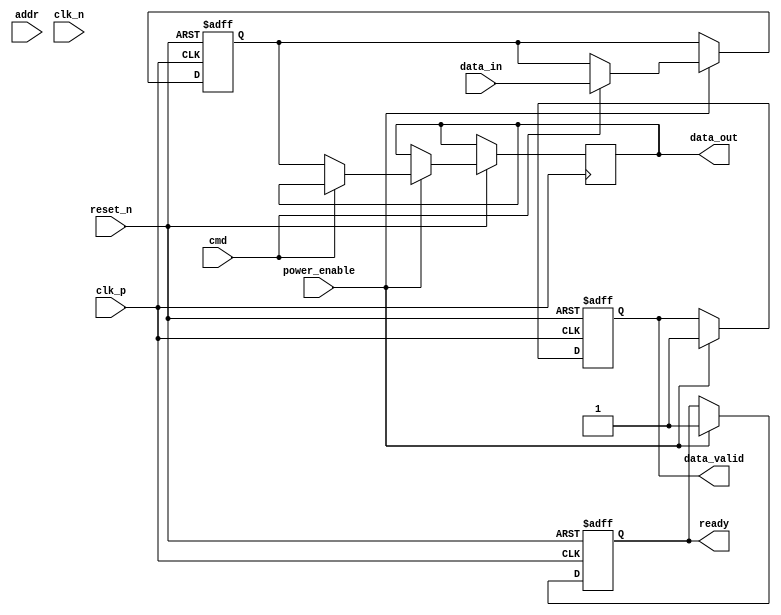
module lpddr_io_block #(
    parameter DATA_WIDTH = 16, // Configurable data bus width (x16, x32, etc.)
    parameter ADDR_WIDTH = 12  // Address width
)(
    // I/O Ports
    input wire [DATA_WIDTH-1:0] data_in,         // Data input
    output wire [DATA_WIDTH-1:0] data_out,       // Data output
    input wire [ADDR_WIDTH-1:0] addr,             // Address input
    input wire cmd,                                 // Command input (read/write)
    input wire clk_p,                              // Positive differential clock
    input wire clk_n,                              // Negative differential clock
    input wire power_enable,                        // Power enable signal
    output wire data_valid,                        // Data valid signal
    output wire ready,                             // Ready signal for memory controller
    input wire reset_n                              // Active low reset
);

    // Internal signals
    reg [DATA_WIDTH-1:0] data_reg;                // Register for data storage
    reg [ADDR_WIDTH-1:0] addr_reg;                // Register for address storage
    reg data_valid_reg;                            // Register for data valid
    reg ready_reg;                                 // Register for ready signal

    // Clock management: Synchronize data transfer
    always @(posedge clk_p or negedge reset_n) begin
        if (!reset_n) begin
            data_reg <= 0;
            addr_reg <= 0;
            data_valid_reg <= 0;
            ready_reg <= 0;
        end else if (power_enable) begin
            if (cmd) begin // Write operation
                data_reg <= data_in;
                addr_reg <= addr;
                data_valid_reg <= 1;
                ready_reg <= 1;
            end else begin // Read operation
                data_out <= data_reg; // Output the stored data
                data_valid_reg <= 1;
                ready_reg <= 1;
            end
        end
    end

    // Output assignments
    assign data_valid = data_valid_reg;
    assign ready = ready_reg;

    // Power management logic (simplified)
    always @(posedge clk_p or negedge reset_n) begin
        if (!reset_n) begin
            // Reset power management states
        end else if (!power_enable) begin
            // Enter low power state
        end
    end

    // Termination and impedance control (not implemented in this example)
    // Internal timing control logic (not implemented in this example)

endmodule